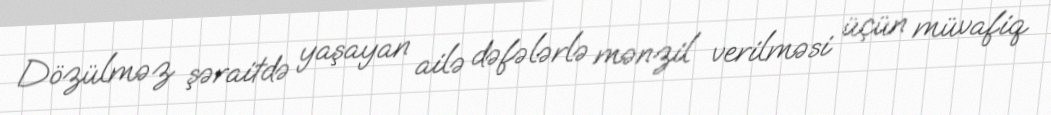
Dözülməz şəraitdə yaşayan ailə dəfələrlə mənzil verilməsi üçün müvafiq